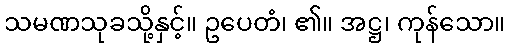
သမဏသုခသို့နှင့်။ ဥပေတံ၊ ၏။ အဋ္ဌ၊ ကုန်သော။